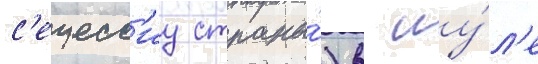
с'ецесс'иу страны́) в иу́л'е